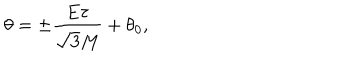
LaTeX: \theta = \pm \frac { E \tau } { \sqrt { 3 } M } + \theta _ { 0 } ,